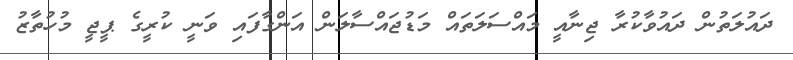
ދައުލަތުން ދައުވާކުރާ ޖިނާއީ މައްސަލަތައް މަޑުޖައްސާލަން އަންގާފައި ވަނީ ކުރީގެ ޕީޖީ މުހުތާޒު